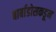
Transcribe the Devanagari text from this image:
बार्बाडोसकडून